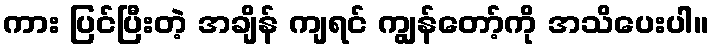
ကား ပြင်ပြီးတဲ့ အချိန် ကျရင် ကျွန်တော့်ကို အသိပေးပါ။